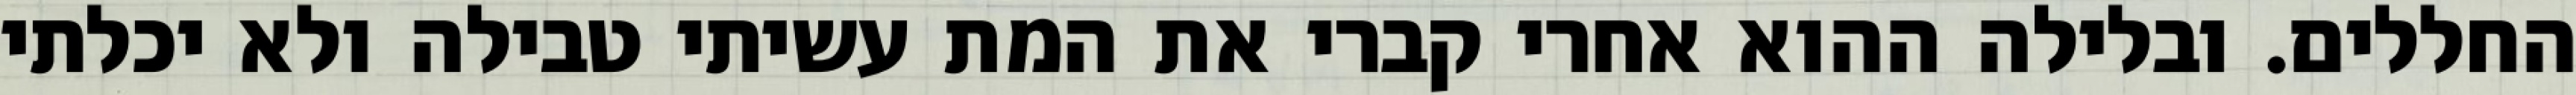
החללים. ובלילה ההוא אחרי קברי את המת עשיתי טבילה ולא יכלתי